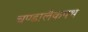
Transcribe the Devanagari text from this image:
चण्डालैकपथं